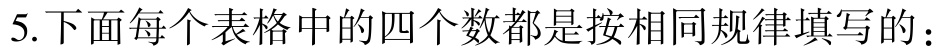
5.下面每个表格中的四个数都是按相同规律填写的：